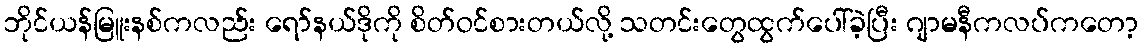
ဘိုင်ယန်မြူးနစ်ကလည်း ရော်နယ်ဒိုကို စိတ်ဝင်စားတယ်လို့ သတင်းတွေထွက်ပေါ်ခဲ့ပြီး ဂျာမနီကလပ်ကတော့